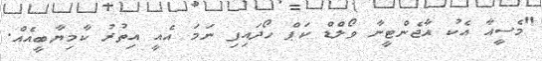
"މެސީއާ އެކު އާޖެންޓީނާ ވޯލްޑް ކަޕް ހޯދައިފި ނަމަ އެއީ އިތުރު ކާމިޔާބީއެއް.